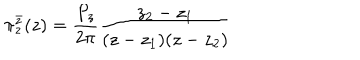
LaTeX: \pi _ { z } ^ { \bar { z } } ( z ) = \frac { P _ { z } } { 2 \pi } \frac { z _ { 2 } - z _ { 1 } } { ( z - z _ { 1 } ) ( z - z _ { 2 } ) }